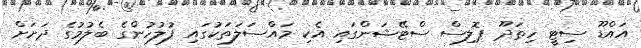
އައްޑޫ ސިޓީ ހިތަދޫ ޕޮލިސް ސްޓޭޝަންގައި އެކި މައްސަލަތަކުގައި ފުލުހުންގެ ބެލުމުގެ ދަށަށް